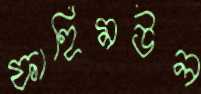
ফাহিমউল